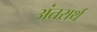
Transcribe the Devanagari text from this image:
अंतरार्थ